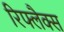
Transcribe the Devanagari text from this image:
रिफ्लैक्‍स